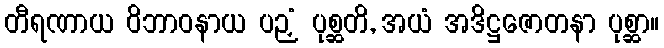
တီရဏာယ ဝိဘာဝနာယ ပဉှံ ပုစ္ဆတိ, အယံ အဒိဋ္ဌဇောတနာ ပုစ္ဆာ။